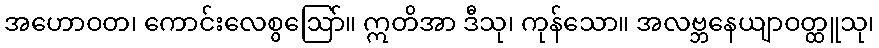
အဟောဝတ၊ ကောင်းလေစွဩော်။ ဣတိအာ ဒီသု၊ ကုန်သော။ အလဗ္ဘနေယျာဝတ္ထူသု၊